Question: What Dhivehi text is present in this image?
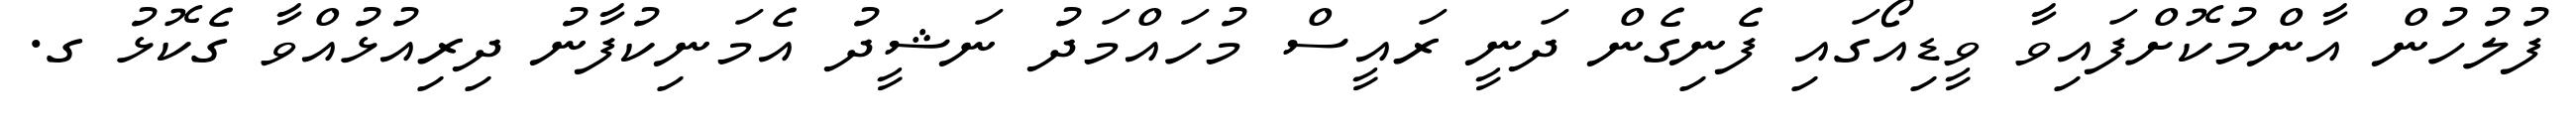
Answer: ފުލުހުން އާންމުކޮށްފައިވާ ވީޑިއޯގައި ފެނިގެން ދަނީ ރައީސް މުހައްމަދު ނަޝީދު އެމަނިކުފާނު ދިރިއުޅުއްވާ ގެކޮޅު ގ.